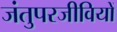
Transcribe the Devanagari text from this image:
जंतुपरजीवियों